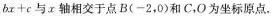
$$bx+c$$与x轴相交于点B(-2，0)和C，O为坐标原点。